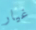
غيار